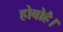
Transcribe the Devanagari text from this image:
होबोहै।